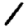
Digit: 1